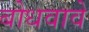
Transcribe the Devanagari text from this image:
बोधवावे